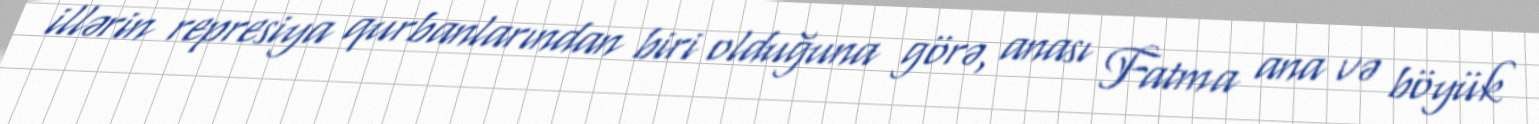
illərin represiya qurbanlarından biri olduğuna görə, anası Fatma ana və böyük